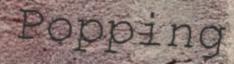
Popping